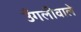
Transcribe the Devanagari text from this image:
उँगलीवाले